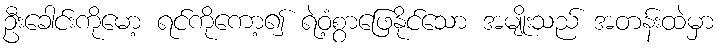
ဦးခေါင်းကိုမော့ ရင်ကိုကော့၍ ရဲဝံ့စွာဖြေနိုင်သော အမျိုးသည် အတန်းထဲမှာ